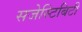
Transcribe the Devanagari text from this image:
सजेस्टिबिटी